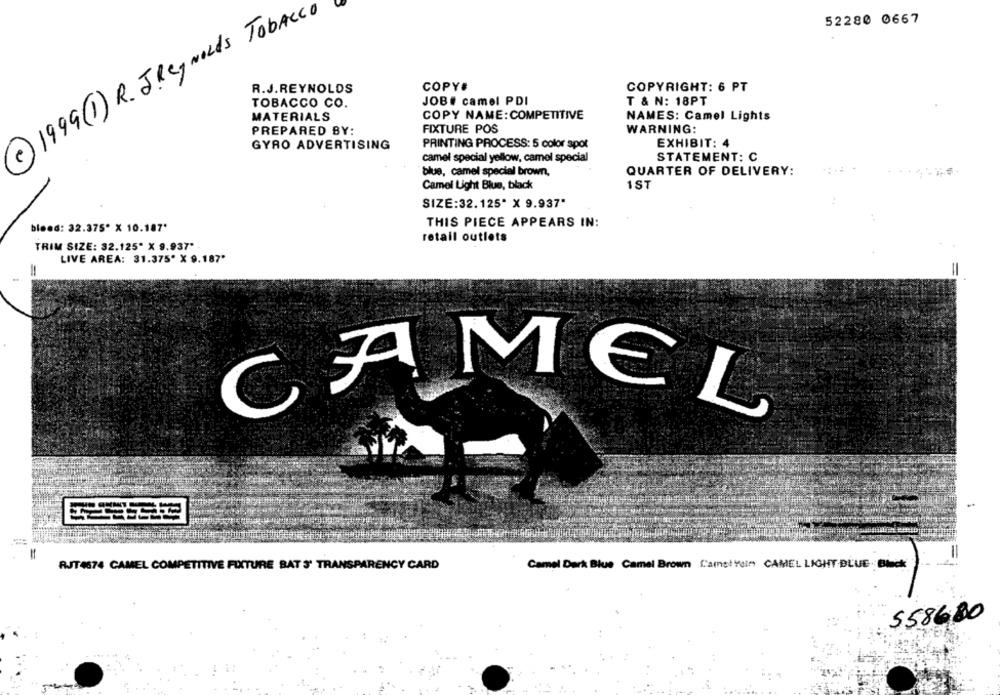
1999(1) R. JReynolds Tobacco
52280 0667
R.J.REYNOLDS
COPY#
COPYRIGHT: 6 PT
TOBACCO CO.
JOB# camel PDI
T & N: 18PT
MATERIALS
COPY NAME: COMPETITIVE
NAMES: Camel Lights
PREPARED BY:
FIXTURE POS
WARNING:
PRINTING PROCESS: 5 color spot
EXHIBIT: 4
GYRO ADVERTISING
camel special yellow, camel special
STATEMENT: C
blue, camel speciel brown,
QUARTER OF DELIVERY:
Camel Light Blue, black
1ST
SIZE:32.125* X 9.937"
THIS PIECE APPEARS IN:
bleed: 32.375" X 10.187'
retail outlets
TRIM SIZE: 32.125" X 9.937"
LIVE AREA: 31.375' X 9.187'
=
=
CAMEL
RJT4874 CAMEL COMPETITIVE FIXTURE BAT 3' TRANSPARENCY CARD
Camel Dark Blue Camel Brown Camstrein CAMEL LIGHT BLUE Black
5586,80